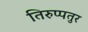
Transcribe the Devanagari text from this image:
तिरुप्पतुर